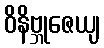
ဝိနိဗ္ဘုဇေယျ